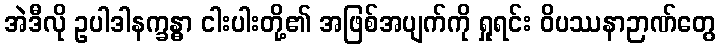
အဲဒီလို ဥပါဒါနက္ခန္ဓာ ငါးပါးတို့၏ အဖြစ်အပျက်ကို ရှုရင်း ဝိပဿနာဉာဏ်တွေ